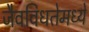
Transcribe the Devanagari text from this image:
जैवविधतेमध्ये